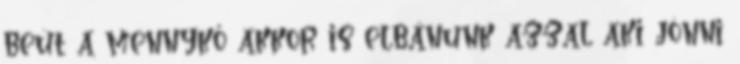
beüt a mennykő akkor is elbánunk azzal aki jönni